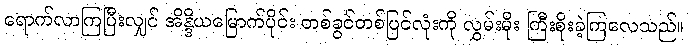
ရောက်လာကြပြီးလျှင် အိန္ဒိယမြောက်ပိုင်း တစ်ခွင်တစ်ပြင်လုံးကို လွှမ်းမိုး ကြီးစိုးခဲ့ကြလေသည်။